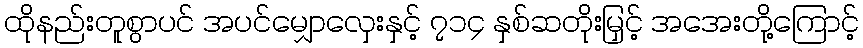
ထိုနည်းတူစွာပင် အပင်မျှောလှေးနှင့် ၇၁၄ နှစ်ဆတိုးမြှင့် အအေးတို့ကြောင့်